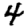
Digit: 4